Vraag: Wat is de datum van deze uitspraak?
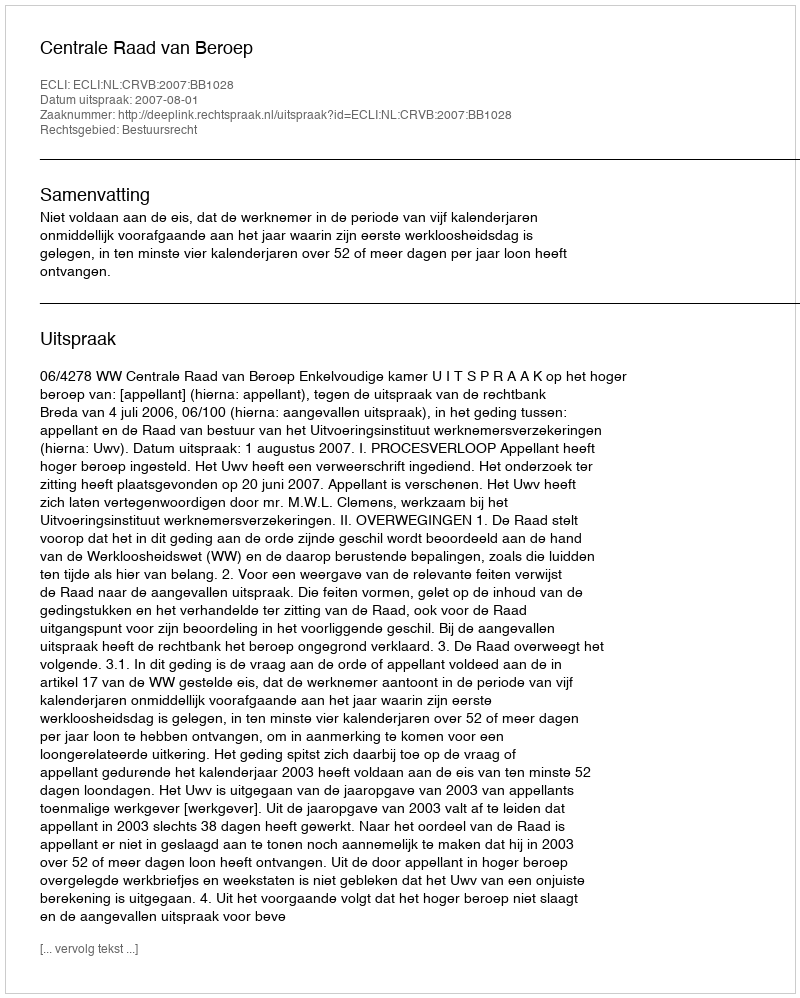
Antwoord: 2007-08-01